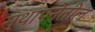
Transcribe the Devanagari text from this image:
स्थापनेतील